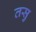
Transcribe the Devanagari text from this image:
तसु